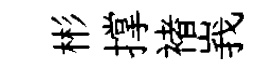
彬撑褚峩